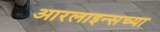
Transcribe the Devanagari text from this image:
आरलाइन्सच्या